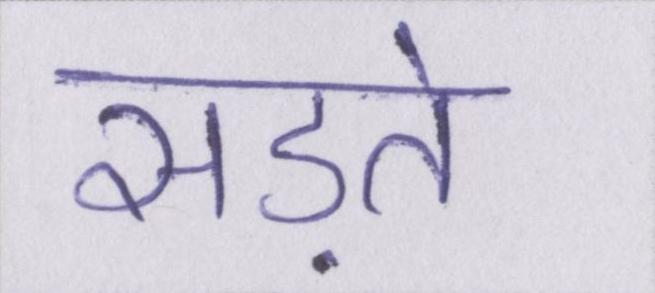
सड़ते